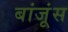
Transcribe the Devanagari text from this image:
बांजूंस